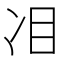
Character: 𠖻